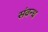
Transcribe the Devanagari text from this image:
संवन्ध